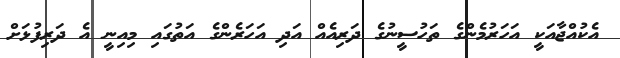
އެކުއްޖާއަކީ އަހަރުމެންގެ ތަހުސީނުގެ ދަރިއެއް އަދި އަހަރެންގެ އަތުގައި މިއިނީ އެ ދަރިފުޅަށް